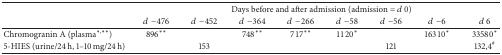
<table><thead><tr><td><b> </b></td><td colspan="8"><b>Days before and after admission (admission = <i>d</i> 0)</b></td></tr><tr><td><b> </b></td><td><b><i>d</i>−476</b></td><td><b><i>d</i>−452</b></td><td><b><i>d</i>−364</b></td><td><b><i>d</i>−266</b></td><td><b><i>d</i>−58</b></td><td><b><i>d</i>−56</b></td><td><b><i>d</i>−6</b></td><td><b><i>d</i> 6</b></td></tr></thead><tbody><tr><td>Chromogranin A (plasma<sup><i>∗</i>,<i>∗∗</i></sup>)</td><td>896<sup><i>∗∗</i></sup></td><td> </td><td>748<sup><i>∗∗</i></sup></td><td>717<sup><i>∗∗</i></sup></td><td>1120<sup><i>∗</i></sup></td><td> </td><td>16310<sup><i>∗</i></sup></td><td>33580<sup><i>∗</i></sup></td></tr><tr><td>5-HIES (urine/24 h, 1–10 mg/24 h)</td><td> </td><td>153</td><td> </td><td> </td><td> </td><td>121</td><td> </td><td>132,4<sup>#</sup></td></tr></tbody></table>